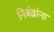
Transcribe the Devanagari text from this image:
निबंढांना